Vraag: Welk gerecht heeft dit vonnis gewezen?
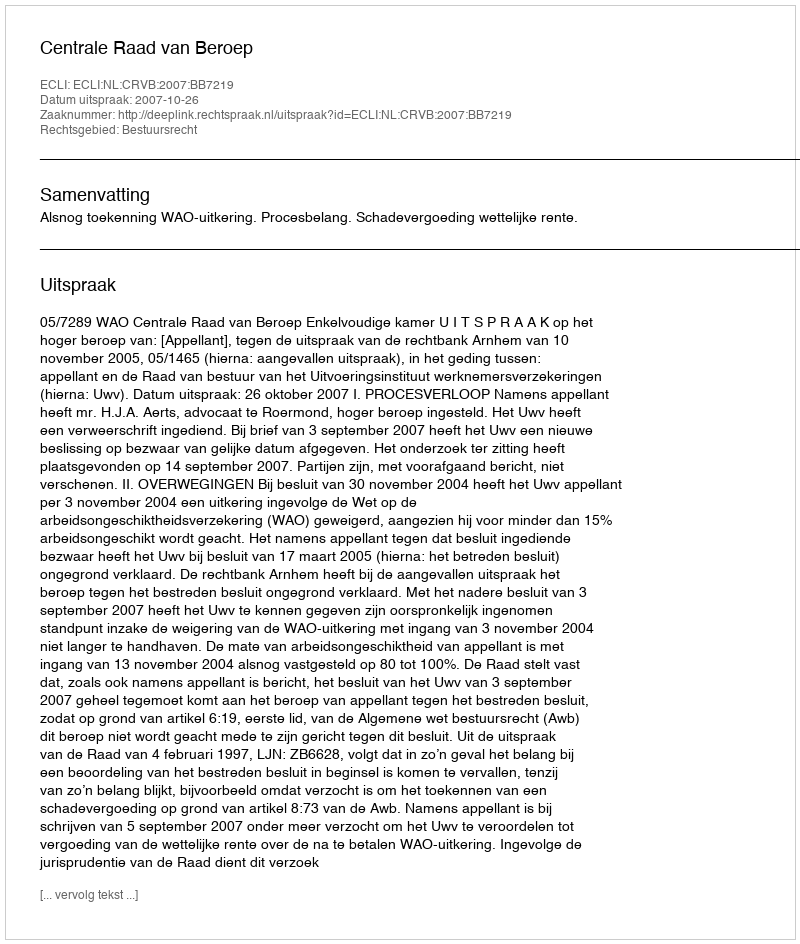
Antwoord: Centrale Raad van Beroep